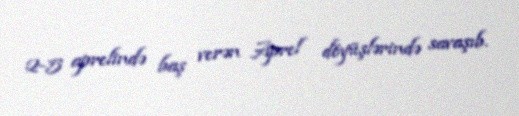
2-5 aprelində baş verən Aprel döyüşlərində savaşıb.